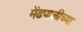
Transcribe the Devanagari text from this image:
मेंढपाळीच्या